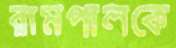
রামপালকে